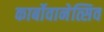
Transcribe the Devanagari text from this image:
कार्बोवानेत्सिव